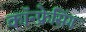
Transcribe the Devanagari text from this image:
कॉन्फ्रेसिंग